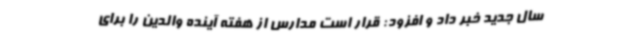
سال جدید خبر داد و افزود: قرار است مدارس از هفته آینده والدین را برای